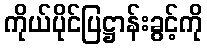
ကိုယ်ပိုင်ပြဋ္ဌာန်းခွင့်ကို